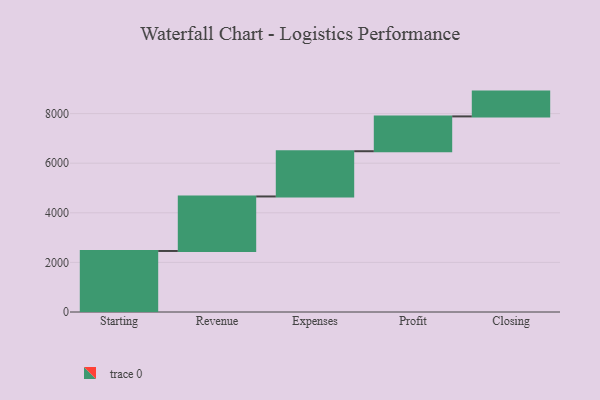
{"axis": {"x": "Step", "y": "Value"}, "legend": [""], "data": [{"x": "Starting", "y": 2461.0, "type": ""}, {"x": "Revenue", "y": 2198.0, "type": ""}, {"x": "Expenses", "y": 1824.0, "type": ""}, {"x": "Profit", "y": 1404.0, "type": ""}, {"x": "Closing", "y": 1000, "type": ""}]}